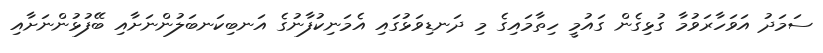
ސަމަދު އަވަހާރަވުމާ ގުޅިގެން ގައުމީ ހިތާމައިގެ މި ދަނޑިވަޅުގައި އެމަނިކުފާނުގެ އަނބިކަނބަލުންނަށާއި ބޭފުޅުންނަށާއި